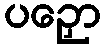
ပဉှော